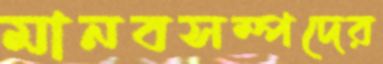
মানবসম্পদের